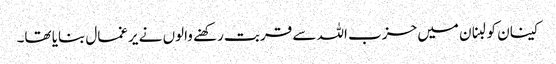
کینان کو لبنان میں حزب اللہ سے قربت رکھنے والوں نے یرغمال بنایا تھا۔